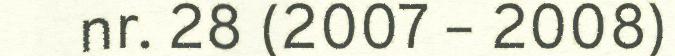
nr. 28 (2007 – 2008)